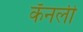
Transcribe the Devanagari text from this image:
कॅनली